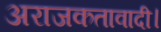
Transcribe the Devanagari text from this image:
अराजकतावादी।